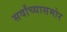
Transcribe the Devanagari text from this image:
सर्वांच्यासमोर